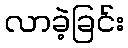
လာခဲ့ခြင်း